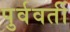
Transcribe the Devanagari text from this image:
पुर्ववर्ती